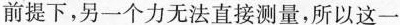
前提下，另一个力无法直接测量，所以这一